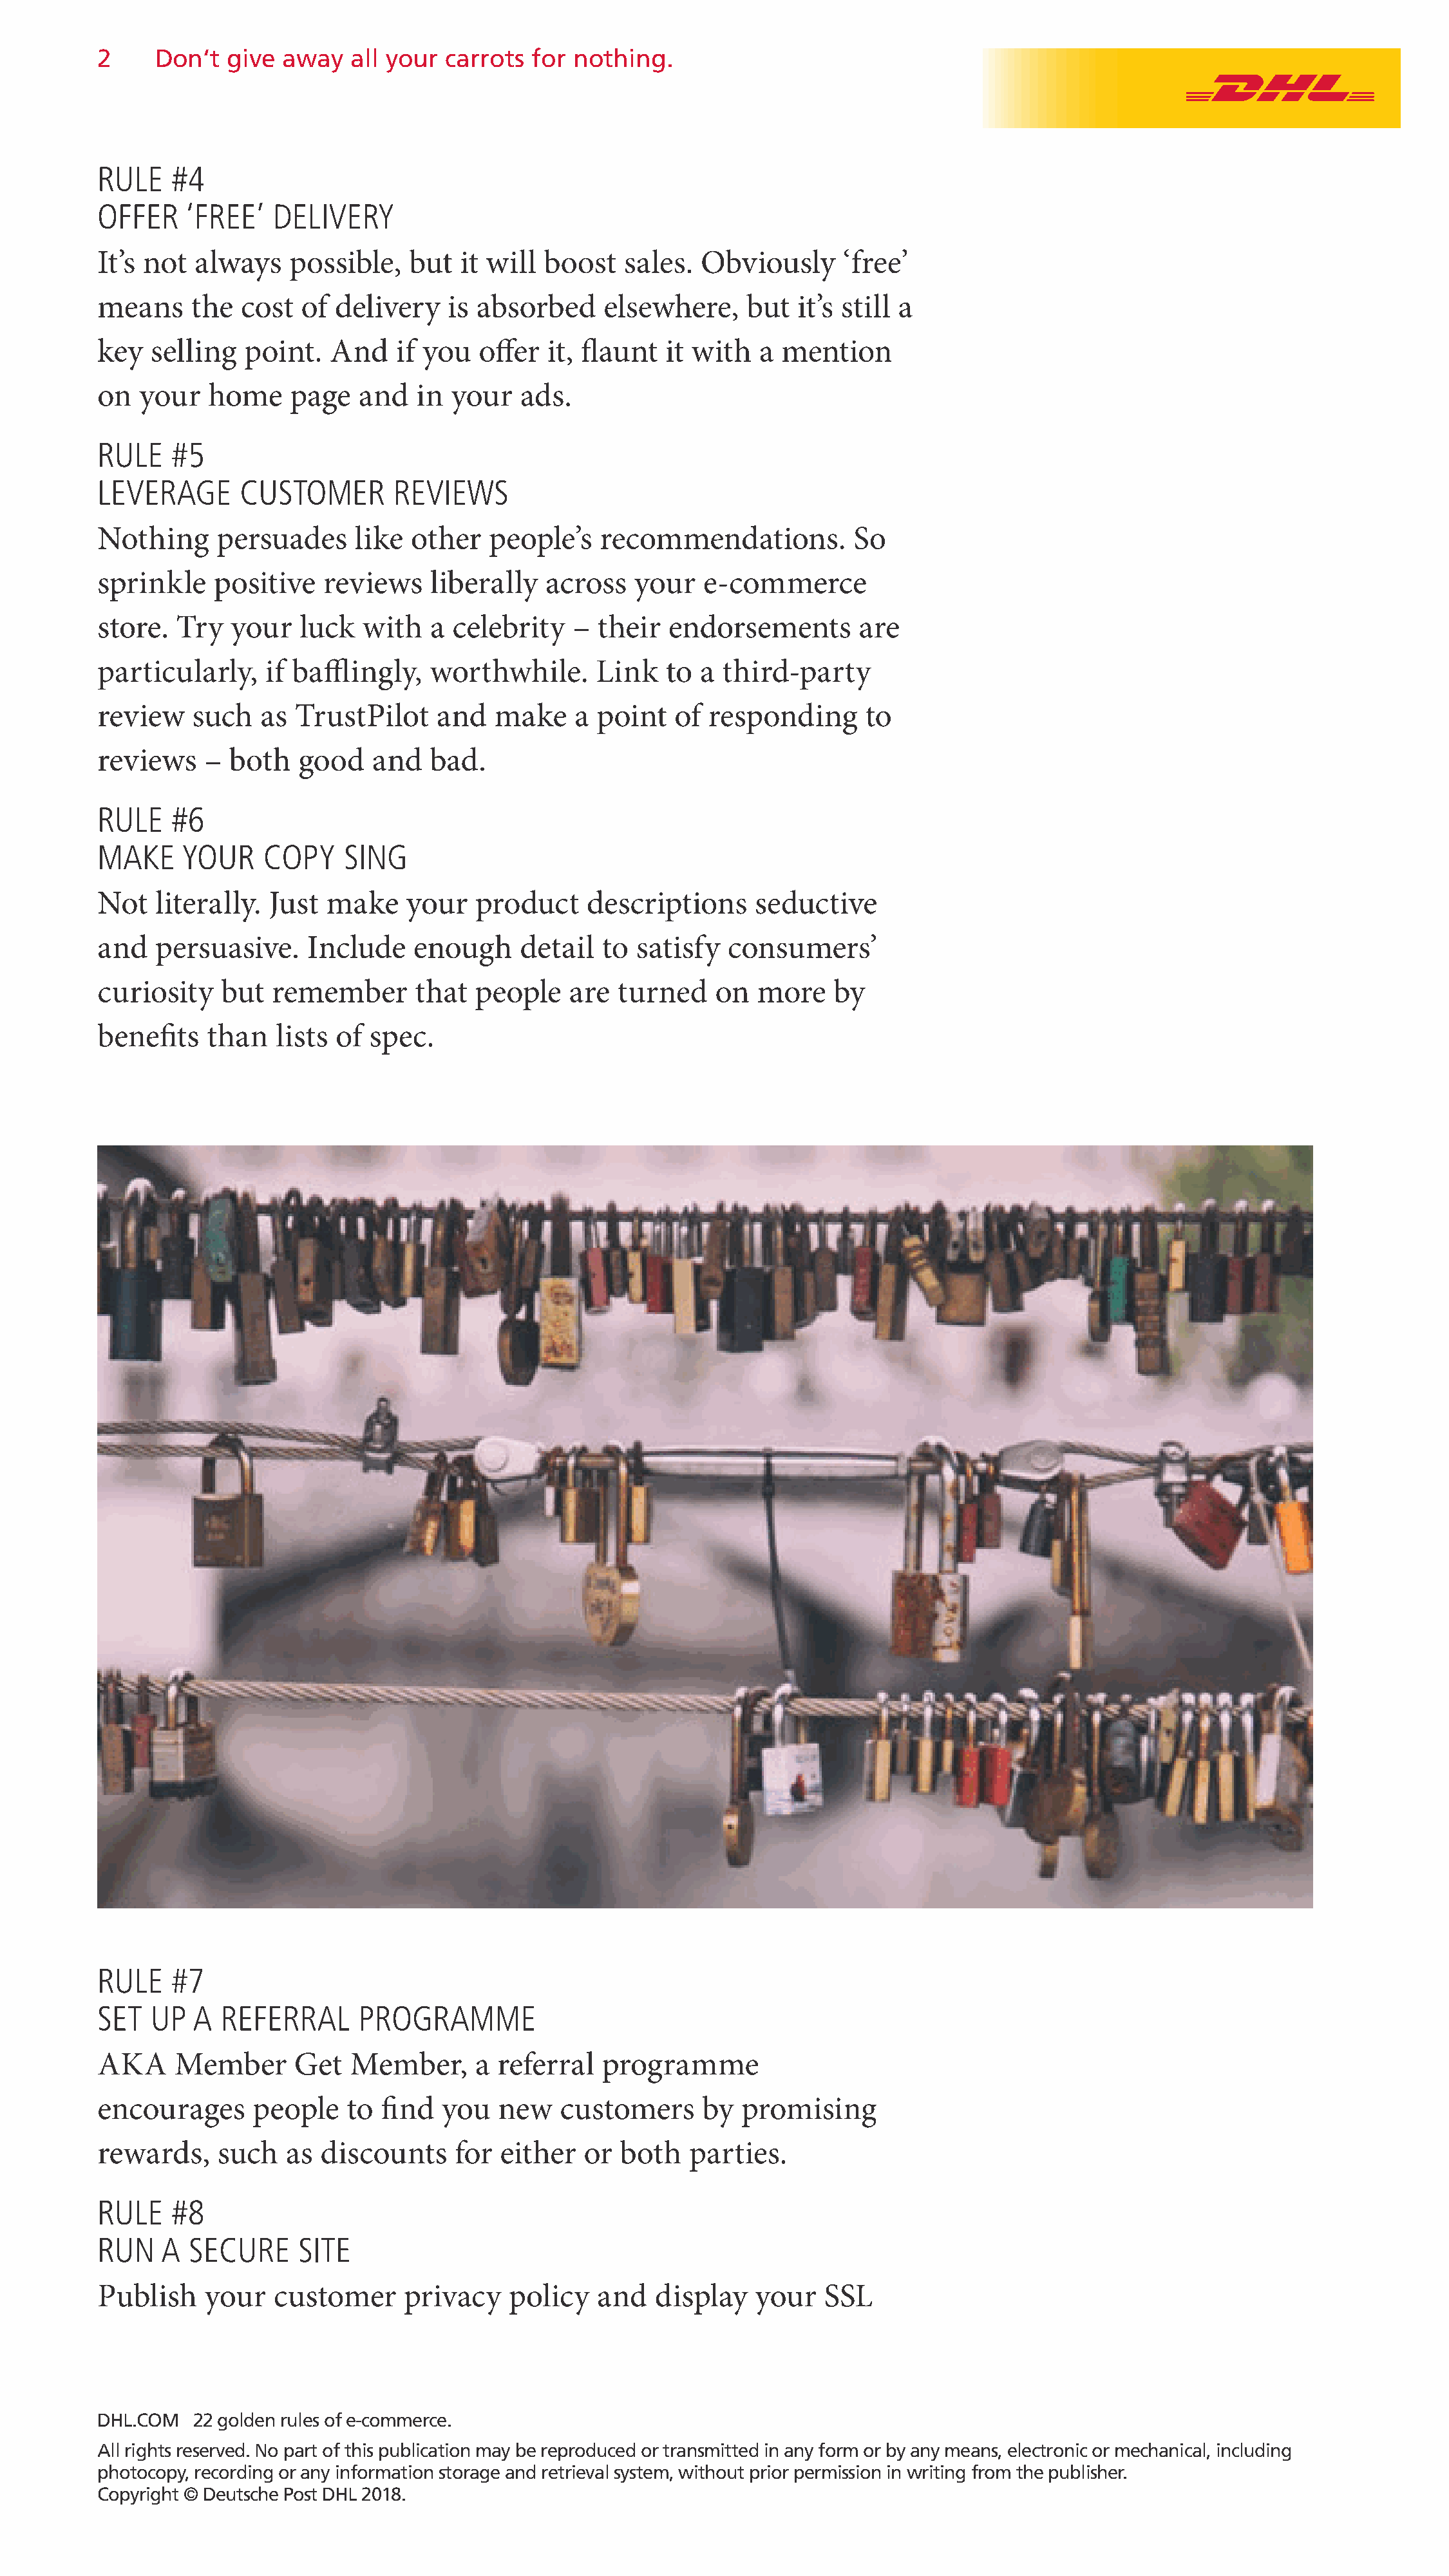
2     Don‘t  give  away   all your  carrots  for nothing.
 RULE    #4
 OFFER    ‘FREE’   DELIVERY
 It’s not  always    possible,   but  it will  boost   sales.  Obviously      ‘free’
 means     the  cost  of delivery    is absorbed     elsewhere,     but  it’s still a
 key  selling   point.   And    if you  offer  it, flaunt  it with   a mention
 on  your   home     page   and   in your   ads.
 RULE    #5
 LEVERAGE       CUSTOMER       REVIEWS
 Nothing     persuades     like  other   people’s    recommendations.          So
 sprinkle    positive   reviews    liberally   across   your   e-commerce
 store.  Try   your   luck  with   a  celebrity   – their   endorsements       are
 particularly,    if bafflingly,   worthwhile.      Link   to  a third-party
 review    such   as TrustPilot     and   make    a point   of  responding      to
 reviews    –  both   good   and   bad.
 RULE    #6
 MAKE     YOUR    COPY    SING
 Not   literally.  Just  make    your   product    descriptions      seductive
 and   persuasive.     Include   enough     detail   to satisfy   consumers’
 curiosity    but  remember       that  people   are  turned     on  more    by
 benefits   than   lists of  spec.
 RULE    #7
 SET  UP   A  REFERRAL      PROGRAMME
 AKA     Member      Get   Member,      a referral   programme
 encourages      people    to find  you   new    customers     by  promising
 rewards,    such   as  discounts     for either   or  both   parties.
 RULE    #8
 RUN    A SECURE      SITE
 Publish    your   customer      privacy   policy   and   display    your   SSL
 DHL.COM   22 golden rules of e-commerce.
 All rights reserved. No part of this publication may be reproduced or transmitted in any form or by any means, electronic or mechanical, including
 photocopy, recording or any information storage and retrieval system, without prior permission in writing from the publisher.
 Copyright © Deutsche Post DHL 2018.